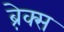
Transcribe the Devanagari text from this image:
ब्रे़क्स